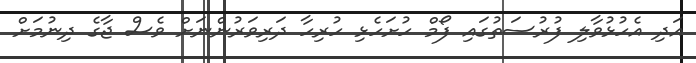
އަދި އެހުޅުވާލި ފުރުސަތުގައި ފޯމް ހުށަހެޅި ހުރިހާ ދަރިވަރުންނަށް ވެސް ޖާގެ ދިނުމަށް